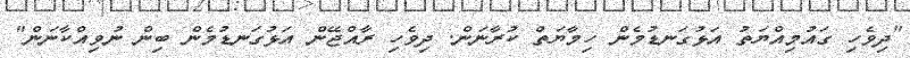
"ދިވެހި ގައުމިއްޔަތު އަޅުގަނޑުމެން ހިމާޔަތް ކުރާނަން. ދިވެހި ރާއްޖޭން އަޅުގަނޑުމެން ބިން ނުވިއްކާނަން"